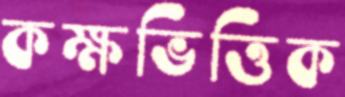
কক্ষভিত্তিক